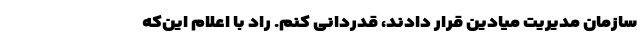
سازمان مدیریت میادین قرار دادند، قدردانی کنم. راد با اعلام این‌که